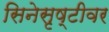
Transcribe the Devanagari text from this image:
सिनेसृष्टीवर